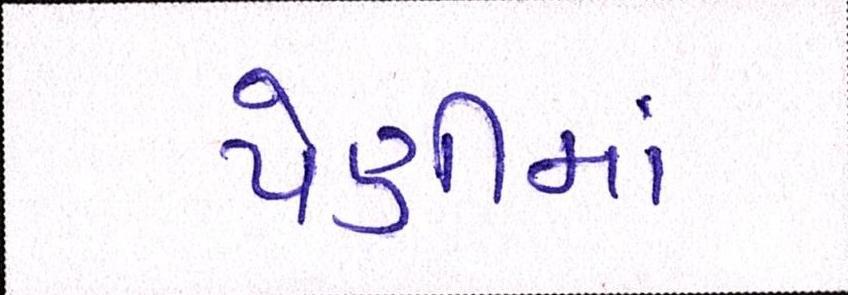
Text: પેણીમાં